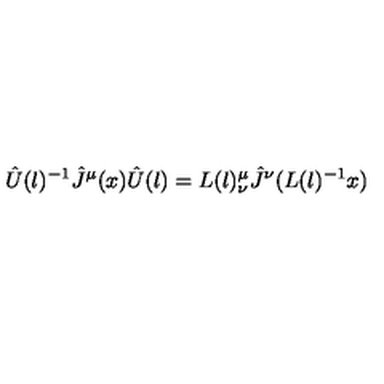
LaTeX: { \hat { U } } ( l ) ^ { - 1 } { \hat { J } } ^ { \mu } ( x ) { \hat { U } } ( l ) = L ( l ) _ { \nu } ^ { \mu } { \hat { J } } ^ { \nu } ( L ( l ) ^ { - 1 } x )